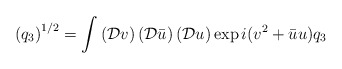
\begin{align*}\left(q_3\right)^{1/2} = \int \left(\mathcal{D}v\right)\left(\mathcal{D}\bar{u}\right)\left(\mathcal{D}u\right)\exp{i(v^2+\bar{u}u)q_3} \end{align*}